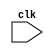
//Siddharth Singh and Chaitany Pandiya
//17CO146 and 17CO112
//Hello World program using Verilog
//14 October 2018


module helloWorld(clk);   //input is clock signal
input clk;
always @(clk)             //whenever clock is one msg is printed on the screen
begin
  $display("Hello World! %d\n",$time);    //printing the msg alongwith the timestamp
end
endmodule